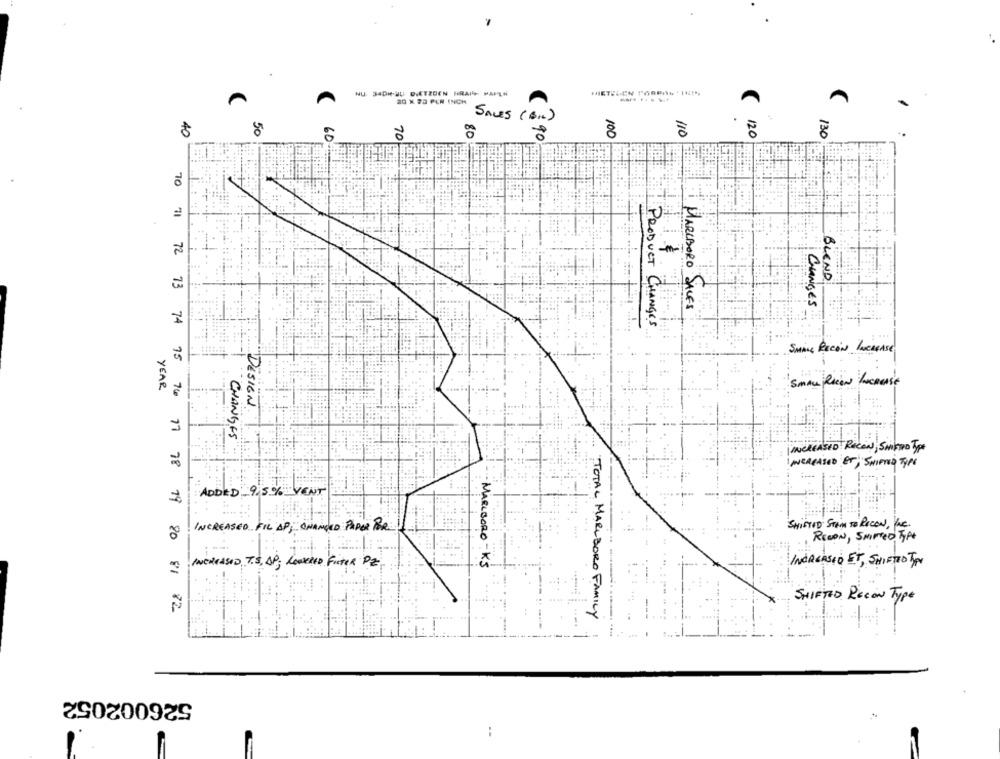
NU 340HJU DIETZDEN HRA PATH
A
20 K 25 PER INCH
SALES (BIL)
40
50
60
70
80
90
100
110
120
130
70 11 72
BLEND
MARLBORO SALES
CHANGES
PRODUCT CHANGES
SMALL RECON INCREASE
YEAR
DESIGN
-CHANGES
INCREASED RECON; SMITHO Type
INCREASED ET, SHIFTED TYPE
ADDED 9.5 % VENT
SHIFTOD STAM TO RECON, INC.
INCREASED FIL AP; ONANDED PAPER POR
RECON, SMIMED TA
INCREASED ET, SHIFTTO TA
INCREASED T.S, AP; LOWERED FILTER PZ
MARLBORO - KS
SHIFTED RECON Type
73 74 75 76 77 78 19 80 81 82
TOTAL MARLBORO FAMILY
526002052
: